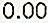
0.00